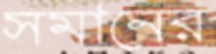
সমানের